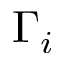
\Gamma _ { i }